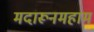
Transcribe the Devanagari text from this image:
मदारूनमहाम